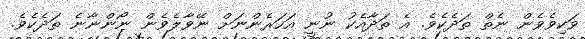
ވަކިވެވެން ނެތް ތަދެކެވެ. އެ ތަދާއެކު ނުނީ އަހަރެންނަށް ނޭވާލެވެން ނޯންނާނެ ތަދެކެވެ.